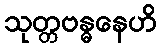
သုတ္တဗန္ဓနေဟိ